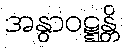
အနွာဝဋ္ဋန္တိ